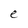
Character: e